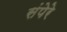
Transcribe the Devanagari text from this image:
संपेरे